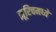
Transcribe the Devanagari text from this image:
झूरिचमध्ये